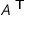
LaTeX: A ^ { \textsf { T } }